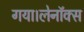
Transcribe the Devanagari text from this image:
गया।लेनॉक्स